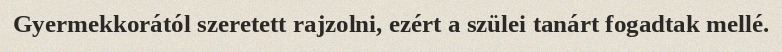
Gyermekkorától szeretett rajzolni, ezért a szülei tanárt fogadtak mellé.